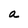
Character: a